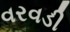
વરવડી